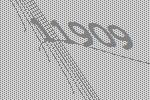
11909